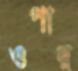
ওপার